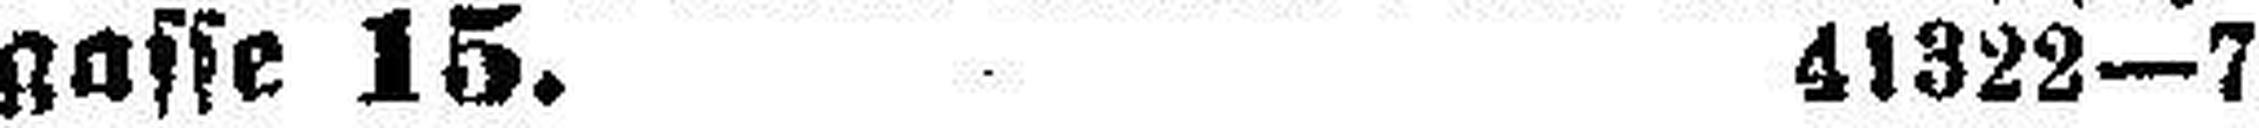
gasse 15. 41322—7